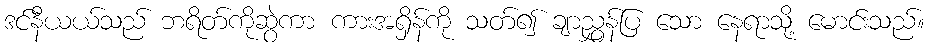
ဒင်နီယယ်သည် ဘရိတ်ကိုဆွဲကာ ကားအရှိန်ကို သတ်၍ ချာညွှန်ပြ သော နေရာသို့ မောင်းသည်။